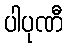
ပါပုဏီ